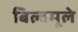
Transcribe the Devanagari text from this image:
बिल्वमूले